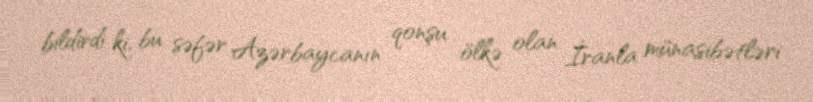
bildirdi ki, bu səfər Azərbaycanın qonşu ölkə olan İranla münasibətləri